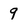
Character: 9